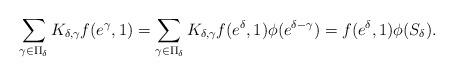
LaTeX: \begin{align*}\sum_{\gamma\in\Pi_{\delta}}K_{\delta,\gamma}f(e^{\gamma},1)=\sum_{\gamma\in\Pi_{\delta}}K_{\delta,\gamma}f(e^{\delta},1)\phi(e^{\delta-\gamma})=f(e^{\delta},1)\phi(S_{\delta}).\end{align*}